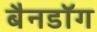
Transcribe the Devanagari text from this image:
बैनडॉग